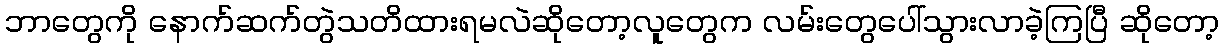
ဘာတွေကို နောက်ဆက်တွဲသတိထားရမလဲဆိုတော့လူတွေက လမ်းတွေပေါ်သွားလာခဲ့ကြပြီ ဆိုတော့